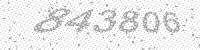
Solution: 843806